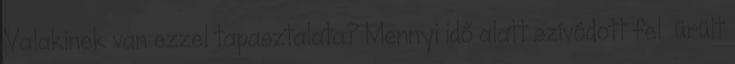
Valakinek van ezzel tapasztalata? Mennyi idő alatt szívódott fel ürült